Medical and sanitary report of the native army of Bengal for the year
Year: 1874
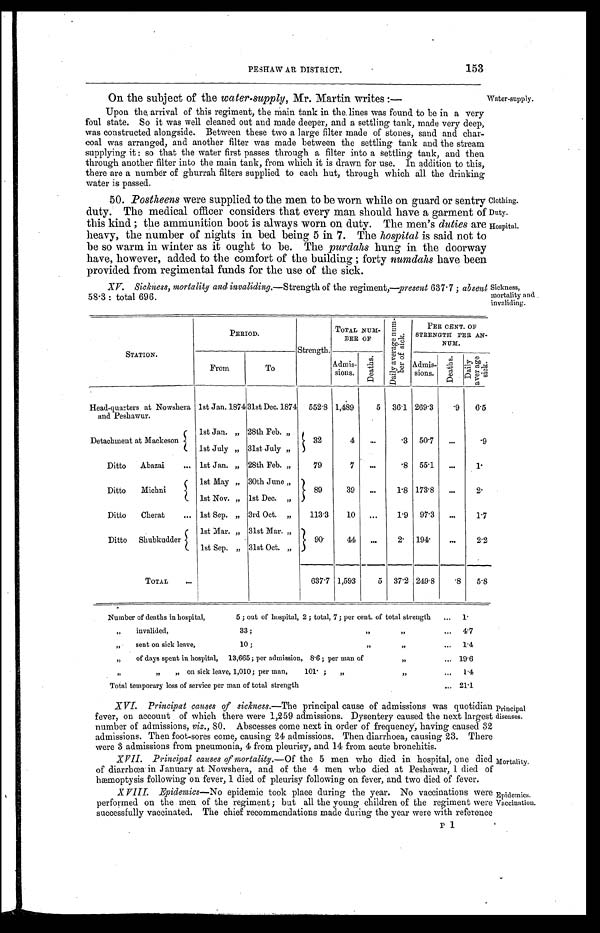
153
On the subject of the water-supply, Mr. Martin writes:
–
Upon the, arrival of this regiment, the Main tank in the lines was found to be in a very
foul state. So it was well cleaned out and made deeper, and a settling tank, made very deep,
was constructed alongside. Between these two a large filter made of stones, sand and char-
coal was arranged, and another filter was made between the settling tank and the stream
supplying it: so that the water first passes through a filter into a settling tank, and then
through another filter into the main tank, from which it is drawn for use. In addition to this,
there are a number of ghurrah filters supplied to each hut, through which all the drinking
water is passed.
50. Postheens were supplied to the men to be worn while on guard or sentry
duty. The medical officer considers that every man should have a garment of
this kind; the ammunition boot is always worn on duty. The men's duties are
heavy, the number of nights in bed being 5 in 7. The hospital is said not to
be so warm in winter as it ought to be. The purdahs hung in the doorway
have, however, added to the comfort of the building; forty numdahs have been
provided from regimental funds for the use of the sick.
XV. Sickness, mortality and invaliding.— Strength of the regiment,— present 637.7; absent
58.3: total 696.
Water-supply.
Clothing.
Duty.
Hospital.
Sickness,
mortality and
invaliding.
STATION.
PERIOD.
S t r e n g t h .
TOTAL NUM-
BER OF
D a i l y a v e r a g e n u m -
b e r o f s i c k .
PER CENT. OF
STRENGTH PER AN-
NUM.
From
To
Admis-
si ons.
D e a t h s .
Admis-
si ons.
D e a t h s .
D a i l y a v e r a g e s i c k .
Head-quarters at Nowshera
and Peshawur.
1st Jan. 1874
3 1 s t D e c . 1 8 7 4 552.8 1,489
5 36.1 269.3
. 9 6.5
Detachment at Mackeson
1st Jan.„ 28th Feb. „
32
4
. 3 50.7
. 9
1st July „ 31st July „
Ditto Abazai
1st Jan. „ 28th Feb. „
79
7
. 8 55.1
1.
Ditto Michni
1st May „ 30th June „
8 9
39
1.8 173.8
2.
1st Nov. „ 1st Dec. „
Ditto Cherat
1st Sep. „ 3rd Oct. „
113.3 10
1.9 97.3
1.7
Ditto Shubkudder
1st Mar. „ 31st Mar. „
90.
44
2. 194.
2.2
1st Sep. „ 31st Oct. „
TOTAL
637.7 1,593
5 37.2 249.8
. 8 5.8
Number of deaths in hospital, 5; out of hospital, 2; total, 7; per cent. of total strength
1 .
„ invalided, 33;
„ „
4 . 7
„
sent on sick leave, 10;
„ „
1 . 4
„
of days spent in hospital, 13,665; per admission, 8.6; per man of
„
19.6
„ „ „
on sick leave, 1,010; per man, 101
. „ „ „
1.4
Total temporary loss of service per man of total strength
21.1
XVI. Principat causes of sickness. —The principal cause of admissions was quotidian
fever, on account of which there were 1,259 admissions. Dysentery caused the next largest
number of admissions, viz., 80. Abscesses come next in order of frequency, having caused 32
admissions. Then foot-sores come, causing 24 admissions. Then diarrhoea, causing 23. There
were 3 admissions from pneumonia, 4 from pleurisy, and 14 from acute bronchitis.
P 1
XVII. Principal causes of mortality. —Of the 5 men who died in hospital, one died
of diarrhœa in January at Nowshera, and of the 4 men who died at Peshawar, 1 died of
hæmoptysis following on fever, 1 died of pleurisy following on fever, and two died Of fever.
XVIII Epidemics—No epidemic took place during the year. No vaccinations were
performed on the men of the regiment; but all the young children of the regiment were
successfully vaccinated. The chief recommendations made during the year were with reference
Principal
diseases.
Mortality.
Epidemics.
Vaccination.